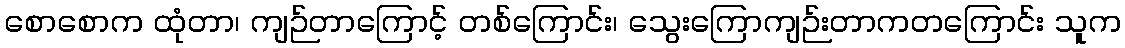
စောစောက ထုံတာ၊ ကျဉ်တာကြောင့် တစ်ကြောင်း၊ သွေးကြောကျဉ်းတာကတကြောင်း သူက